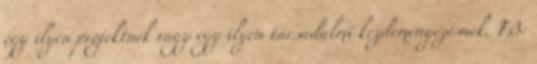
egy ilyen projektnek vagy egy ilyen társadalmi kezdeményezésnek. FB: